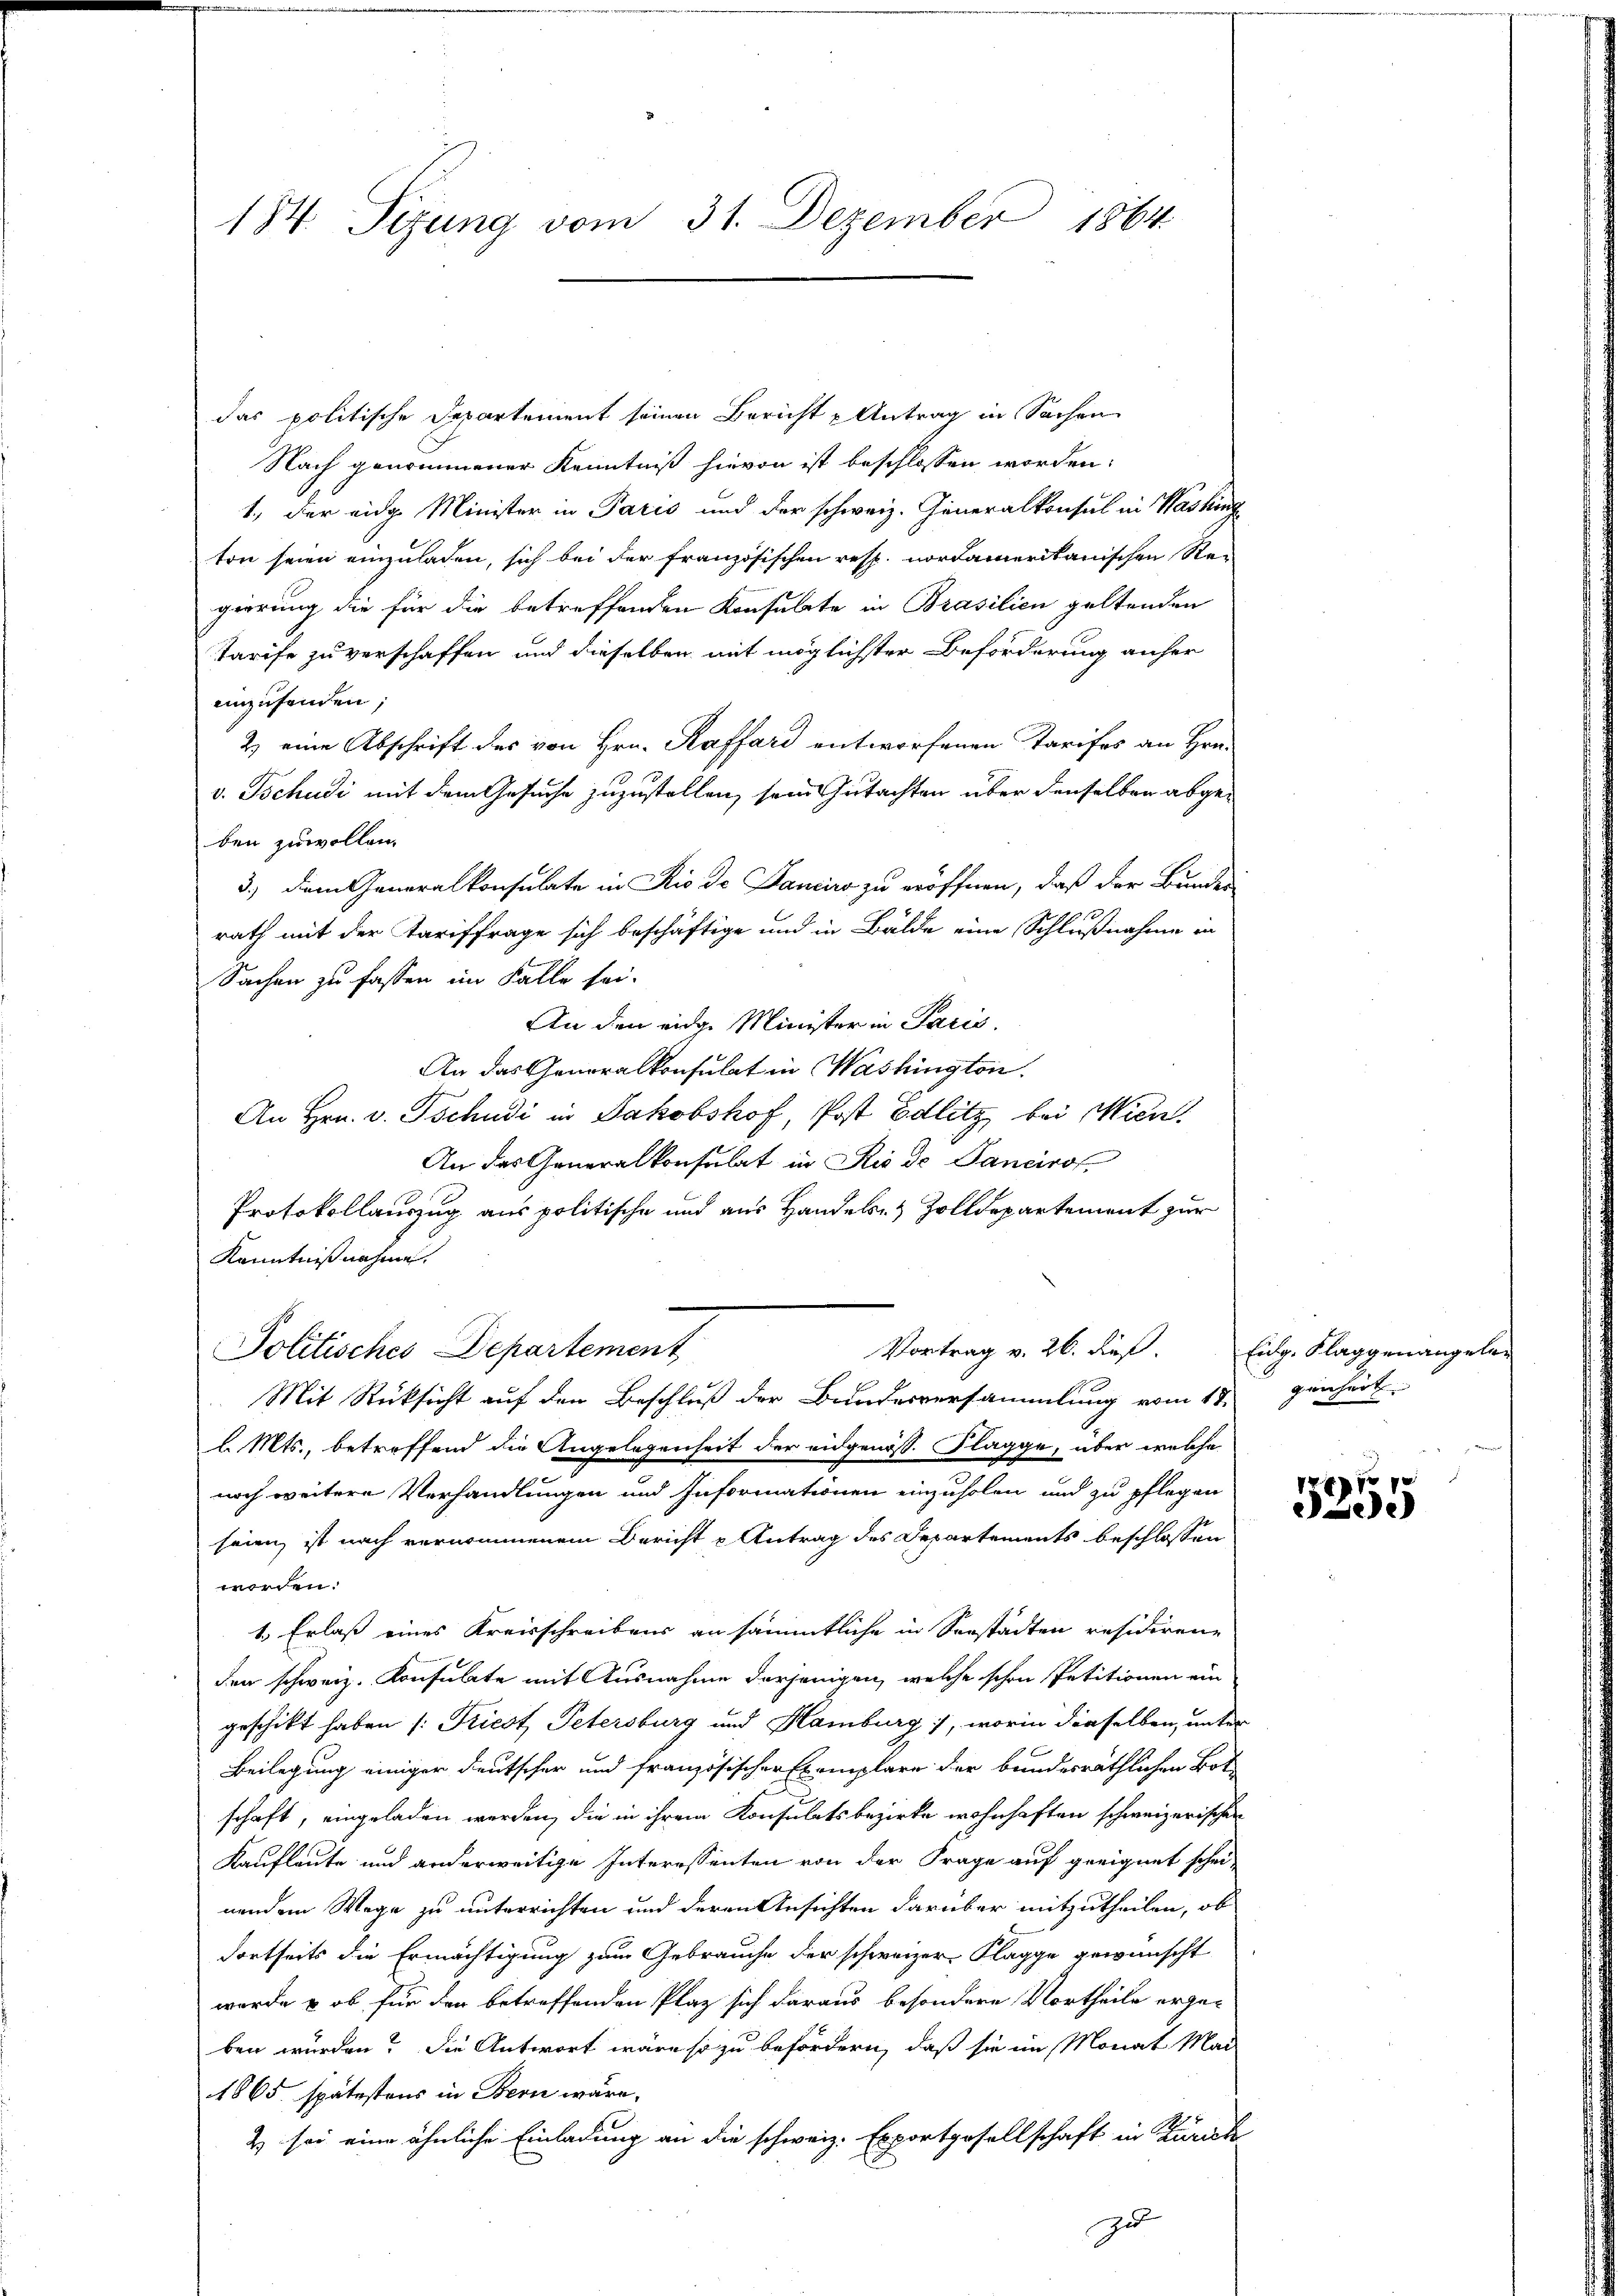
184. Sizung vom 31. Dezember 1864

das politische Departement seinen Bericht u Antrag in Sachen
Nach genommener Kenntniß hievon ist beschlossen worden:
1., der eidg. Minister in Paris und der schweiz. Generalkonsul in Washing
ton seien einzuladen, sich bei der französischen resp. nordamerikanischen Re-
gierung die für die betreffenden Konsulate in Brasilien geltenden
Tarife zu verschaffen und dieselben mit möglichster Beförderung anher
einzusenden;
2 eine Abschrift des von Hrn. Raffard entworfenen Tarifes an Hrn.
v. Tschudi mit dem Gesuche zuzustellen, sein Gutachten über denselben abgeben zu wollen.
12
rath mit der Tariffrage sich beschäftige und in Bälde eine Schlußnahme in
Sachen zu fassen im Falle sei.
An den eidge Minister in Paris.
An das Generalkonsulat in Washington
An Hrn. v. Tschudi in Jakobshof, Post Edlitz bei Wien
An das Generalkonsulat in Rio de Panciro
Protokollauszug aus politische und aus Handels- & Zolldepartement zur
Kenntnißnahmen.
Vortrag v. 26. dieß.
Politisches Departement
Mit Rücksicht auf den Beschluß der Bundesversammlung vom 17. genheit
l. Mts., betreffend die Angelegenheit der eidgenöss. Klagge, über welche
noch weitere Verhandlungen und Informationen einzuholen und zu pflegen
seien, ist nach vernommenem Bericht u Antrag des Departements beschlossen
worden.
1.) Erlaß eines Kreisschreibens an sämmtliche in Seestädten residirene
den schweiz. Konsulate mit Ausnahme derjenigen, welche schon Petitionen ein
geschickt haben (: Friest Petersburg und Hamburg), worin dieselben, unter
Beilegung einiger deutscher und französischer Exemplare der bundesräthlichen Bot
schaft, eingeladen werden, die in ihrem Konsulatsbezirke wohnhaften schweizerischen
Kaufleute und anderweitige Interessenten von der Frage auf geeignet schei-
nendem Wege zu unterrichten und deren Ansichten darüber mitzutheilen, ob
dortseits die Ermächtigung zum Gebrauche der schweizer Klagge gewünscht
wurde & ob für den betreffenden Plaz sich daraus besondere Vortheile erge-
ben würden? Die Antwort wäre so zu befördern, daß sie im Monat Mai
1865 spätestens in Bern wäre.
& sei eine ähnliche Einladung an die schweiz. Exportgesellschaft in Zürich
zu

3.) dem Generalkonsulate in Rio de Danciro zu eröffnen, daß der Bunder

Eidg. Klaggenangele¬

5255